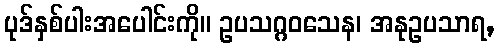
ပုဒ်နှစ်ပါးအပေါင်းကို။ ဥပသဂ္ဂဝသေန၊ အနုဥပသာရ,